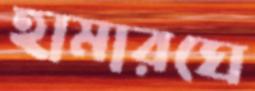
হামারঘে